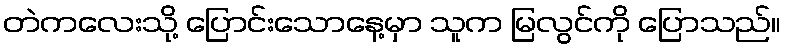
တဲကလေးသို့ ပြောင်းသောနေ့မှာ သူက မြလွင်ကို ပြောသည်။